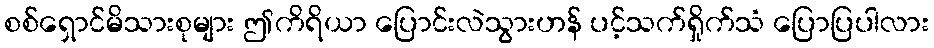
စစ်ရှောင်မိသားစုများ ဤကိရိယာ ပြောင်းလဲသွားဟန် ပင့်သက်ရှိုက်သံ ပြောပြပါလား